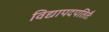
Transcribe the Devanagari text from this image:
विद्यापदपतितैः